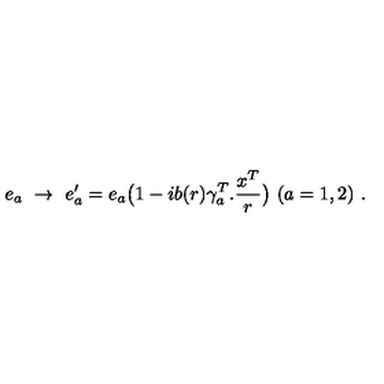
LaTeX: e _ { a } \ \rightarrow \ e _ { a } ^ { \prime } = e _ { a } \big ( 1 - i b ( r ) \gamma _ { a } ^ { T } . \frac { x ^ { T } } { r } \big ) \ ( a = 1 , 2 ) \ .